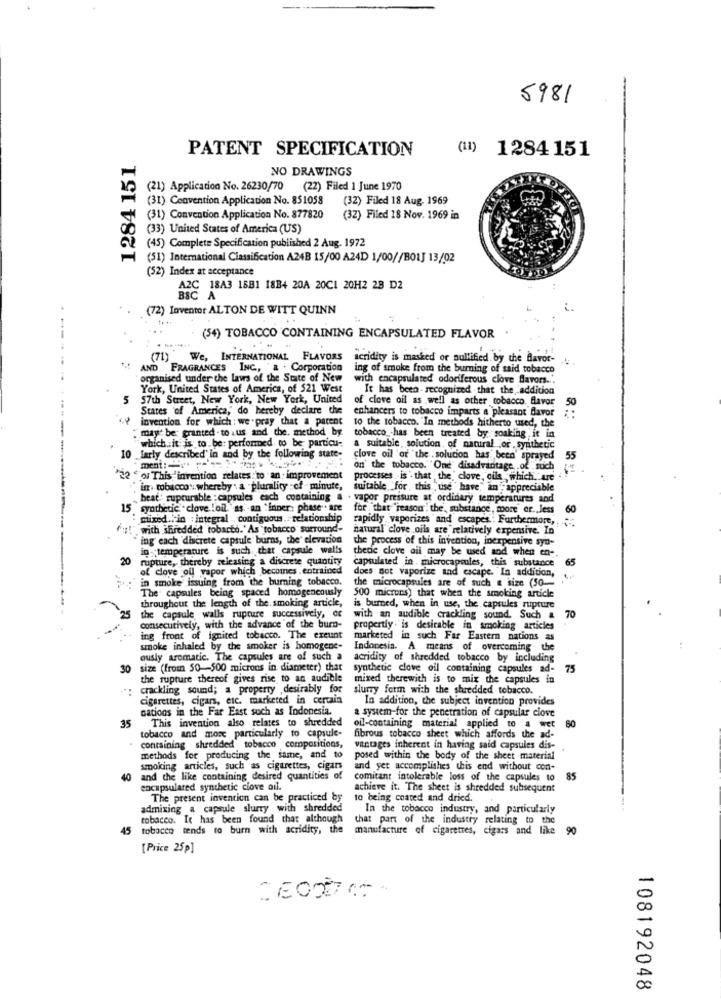
5981
PATENT SPECIFICATION
(1) 1284 151
1284 151
NO DRAWINGS
(21) Application No. 26230/70 (22) Filed 1 June 1970
(31) Convention Application No. 851058
(32) Filed 18 Aug. 1969
(31) Convention Application No. 877820
(32) Filed 18 Nov. 1969 in
(33) United States of America (US)
(45) Complete Specification published 2 Aug. 1972
(51) International Classification A24B 15/00 A24D 1/00//BOLJ 13/02
(52) Index at acceptance
AZC 18A3 18B1 18B4 20A 20CI 20H2 28 D2
(72) Inventor ALTON DE WITT QUINN
(54) TOBACCO CONTAINING ENCAPSULATED FLAVOR
(71) We, INTERNATIONAL FLAVORS
acridity is masked or nullified by the flavor-
...
AND FRAGRANCES INC ., & . Corporation
ing of smoke from the burning of said tobacco
organised under the laws of the State of New
with encapsulated odoriferous clove flavors."
York, United States of America, of 521 West
It has been-recognized that the addition
5
57th Street, New York, New York, United
of clove oil as well as other tobacco. favor
States of America, do hereby declare the
enhancers to tobacco imparts a pleasant favor
50
invention for which : we pray that a parent
to the tobacco. "In methods hitherto used, the
may be granted - to .us and the. method by.
which .. it is to be: performed to be particu-
tobacco _- has been treated by soaking it in
10
a suitable,solution , of naniral or , synthetic
larly described' in and by the following state:
clove oil or "the . solution has been' sprayed
55
ment: = == "
on' the tobacco."Ond disadvantage .of such
of This invention relates to an improvement
processes is" that the' clove, cils , which. are
"in. tobacco . whereby : a "plurality :of minute,
suitable for, this ,use" have," in" appreciable
beat' rupturable :capsules each containing a . vapor pressure at ordinary temperatures and
15 synthetic - clove !oil. "as an "inner: phase". are
for that "reason" the, substance, more or less 60
mixed .. in : integral contiguous .. relationship
rapidly vaporizes and escapes . Furthermore,
fu!" with shredded tobarto.' As tobacco surround-
natural clove oils are relatively expensive. In
"ing each 'discrete capsule burns, the' elevation
the process of this invention, inexpensive syn-
in temperature is such that capsule walls
thedie clove ail may be used and when en -.
20 rupture, thereby releasing a discrete quantity
capsulated in . microcapsules, this substance
65
of clove oil vapor which becomes entrained
does not vaporize and escape. In addition,
":"in smoke issuing from the burning tobacco.
the microcapsules are of such a size (50-
The capsules being spaced homogeneously
throughout the length of the smoking article,
500 microns) that when the smoking article
is burned, when in use, the capsules rupture
`25
consecutively, with the advance of the burn-
the capsule walls rupcare successively, or
with an audible crackling sound. Such &
70
property. is desirable in smoking articles
ing front of ignited tobacco. The exeunt
marketed in such Far Eastern nations as
smoke inhaled by the smoker is homogene-
Indonesia. A means of overcoming the
ously aromatic. The capsules are of such a
acridity of shredded tobacco by including
30
size (from 50-500 microns in diameter) that
synthetic clove oil containing capsules ad-
75
the rupture thereof gives rise to an audible
mixed therewith is to mix the capsules in
: crackling sound; a property , desirably for
slurry form with the shredded tobacco.
cigarettes, cigars, etc. marketed in certain
In addition, the subject invention provides
cations in the Far East such as Indonesia.
a system-for the penetration of capsular clove
This invention also relates to shredded
60
35
oil-containing material applied to a wet
tobacco and more particularly to capsule-
fibrous tobacco sheet which affords the ad-
containing shredded tobacco compositions,
vantages inherent in having said capsules dis-
methods for producing the same, and to
posed within the body of the sheet material
smoking articles, such as cigarettes, cigars
and yet accomplishes this end without con-
40
and the like containing desired quantities of
comitant intolerable loss of the capsules to
85
encapsulated synthetic ciove oil.
achieve it. The sheet is shredded subsequent
The present invention can be practiced by
to being coated and dried.
admixing a capsule slurry with shredded
In the tobacco industry, and particularly
tobacco. It has been found that although
that part of the industry relating to the
45
tobacco tends to burn with acridity, the
manufacture of cigarettes, cigars and like 90
[Price 25p]
108192048